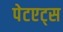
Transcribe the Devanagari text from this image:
पेटएट्स